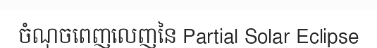
ចំណុចពេញលេញនៃ Partial Solar Eclipse